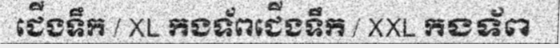
ជើងទឹក / XL កងទ័ពជើងទឹក / XXL កងទ័ព